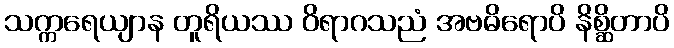
သက္ကရေယျာန တူရိယဿ ဝိရာဂသညံ အဗဓိရောပိ နိစ္ဆိတာပိ